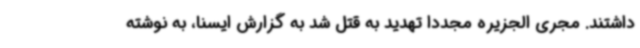
داشتند. مجری الجزیره مجدداً تهدید به قتل شد به گزارش ایسنا، به نوشته